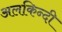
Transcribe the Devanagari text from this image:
अलकिन्दी